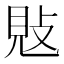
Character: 𢽕